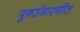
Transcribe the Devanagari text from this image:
पुनर्उभारणीत